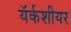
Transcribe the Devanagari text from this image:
यॅर्कशीयर